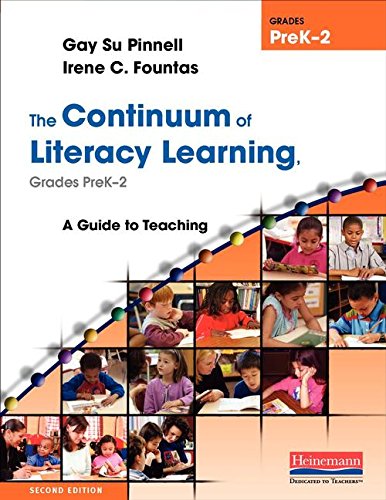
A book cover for The Continuum of Literacy Learning, Grades PreK-2, Second Edition: A Guide to Teaching, Second Edition (Fountas & Pinnell Benchmark Assessment System); Irene C. Fountas; Education & Teaching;